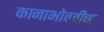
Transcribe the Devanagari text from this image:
कानाभोवतीचा